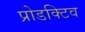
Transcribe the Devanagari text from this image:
प्रोडक्टिव